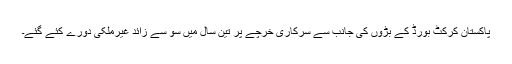
پاکستان کرکٹ بورڈ کے بڑوں کی جانب سے سرکاری خرچے پر تین سال میں سو سے زائد غیرملکی دورے کئے گئے۔